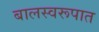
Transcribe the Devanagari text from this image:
बालस्वरूपात